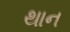
થાન